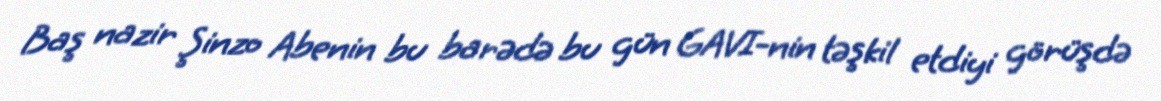
Baş nazir Şinzo Abenin bu barədə bu gün GAVI-nin təşkil etdiyi görüşdə